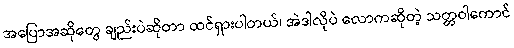
အပြောအဆိုတွေ ချည်းပဲဆိုတာ ထင်ရှားပါတယ်၊ အဲဒါလိုပဲ လောကဆိုတဲ့ သတ္တဝါကောင်